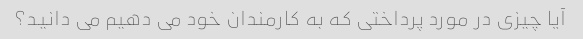
آیا چیزی در مورد پرداختی که به کارمندان خود می دهیم می دانید؟